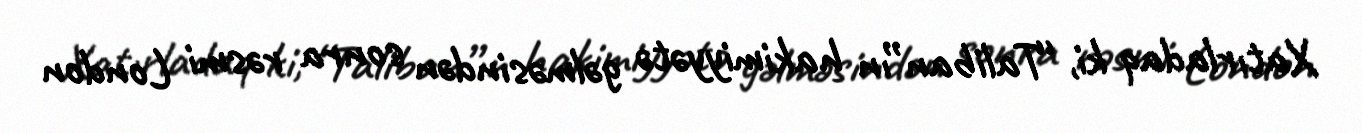
Xatırladaq ki, “Taliban”ın hakimiyyətə gəlməsindən sonra rəsmi London